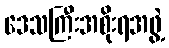
ဒေသကြီးအစိုးရအဖွဲ့